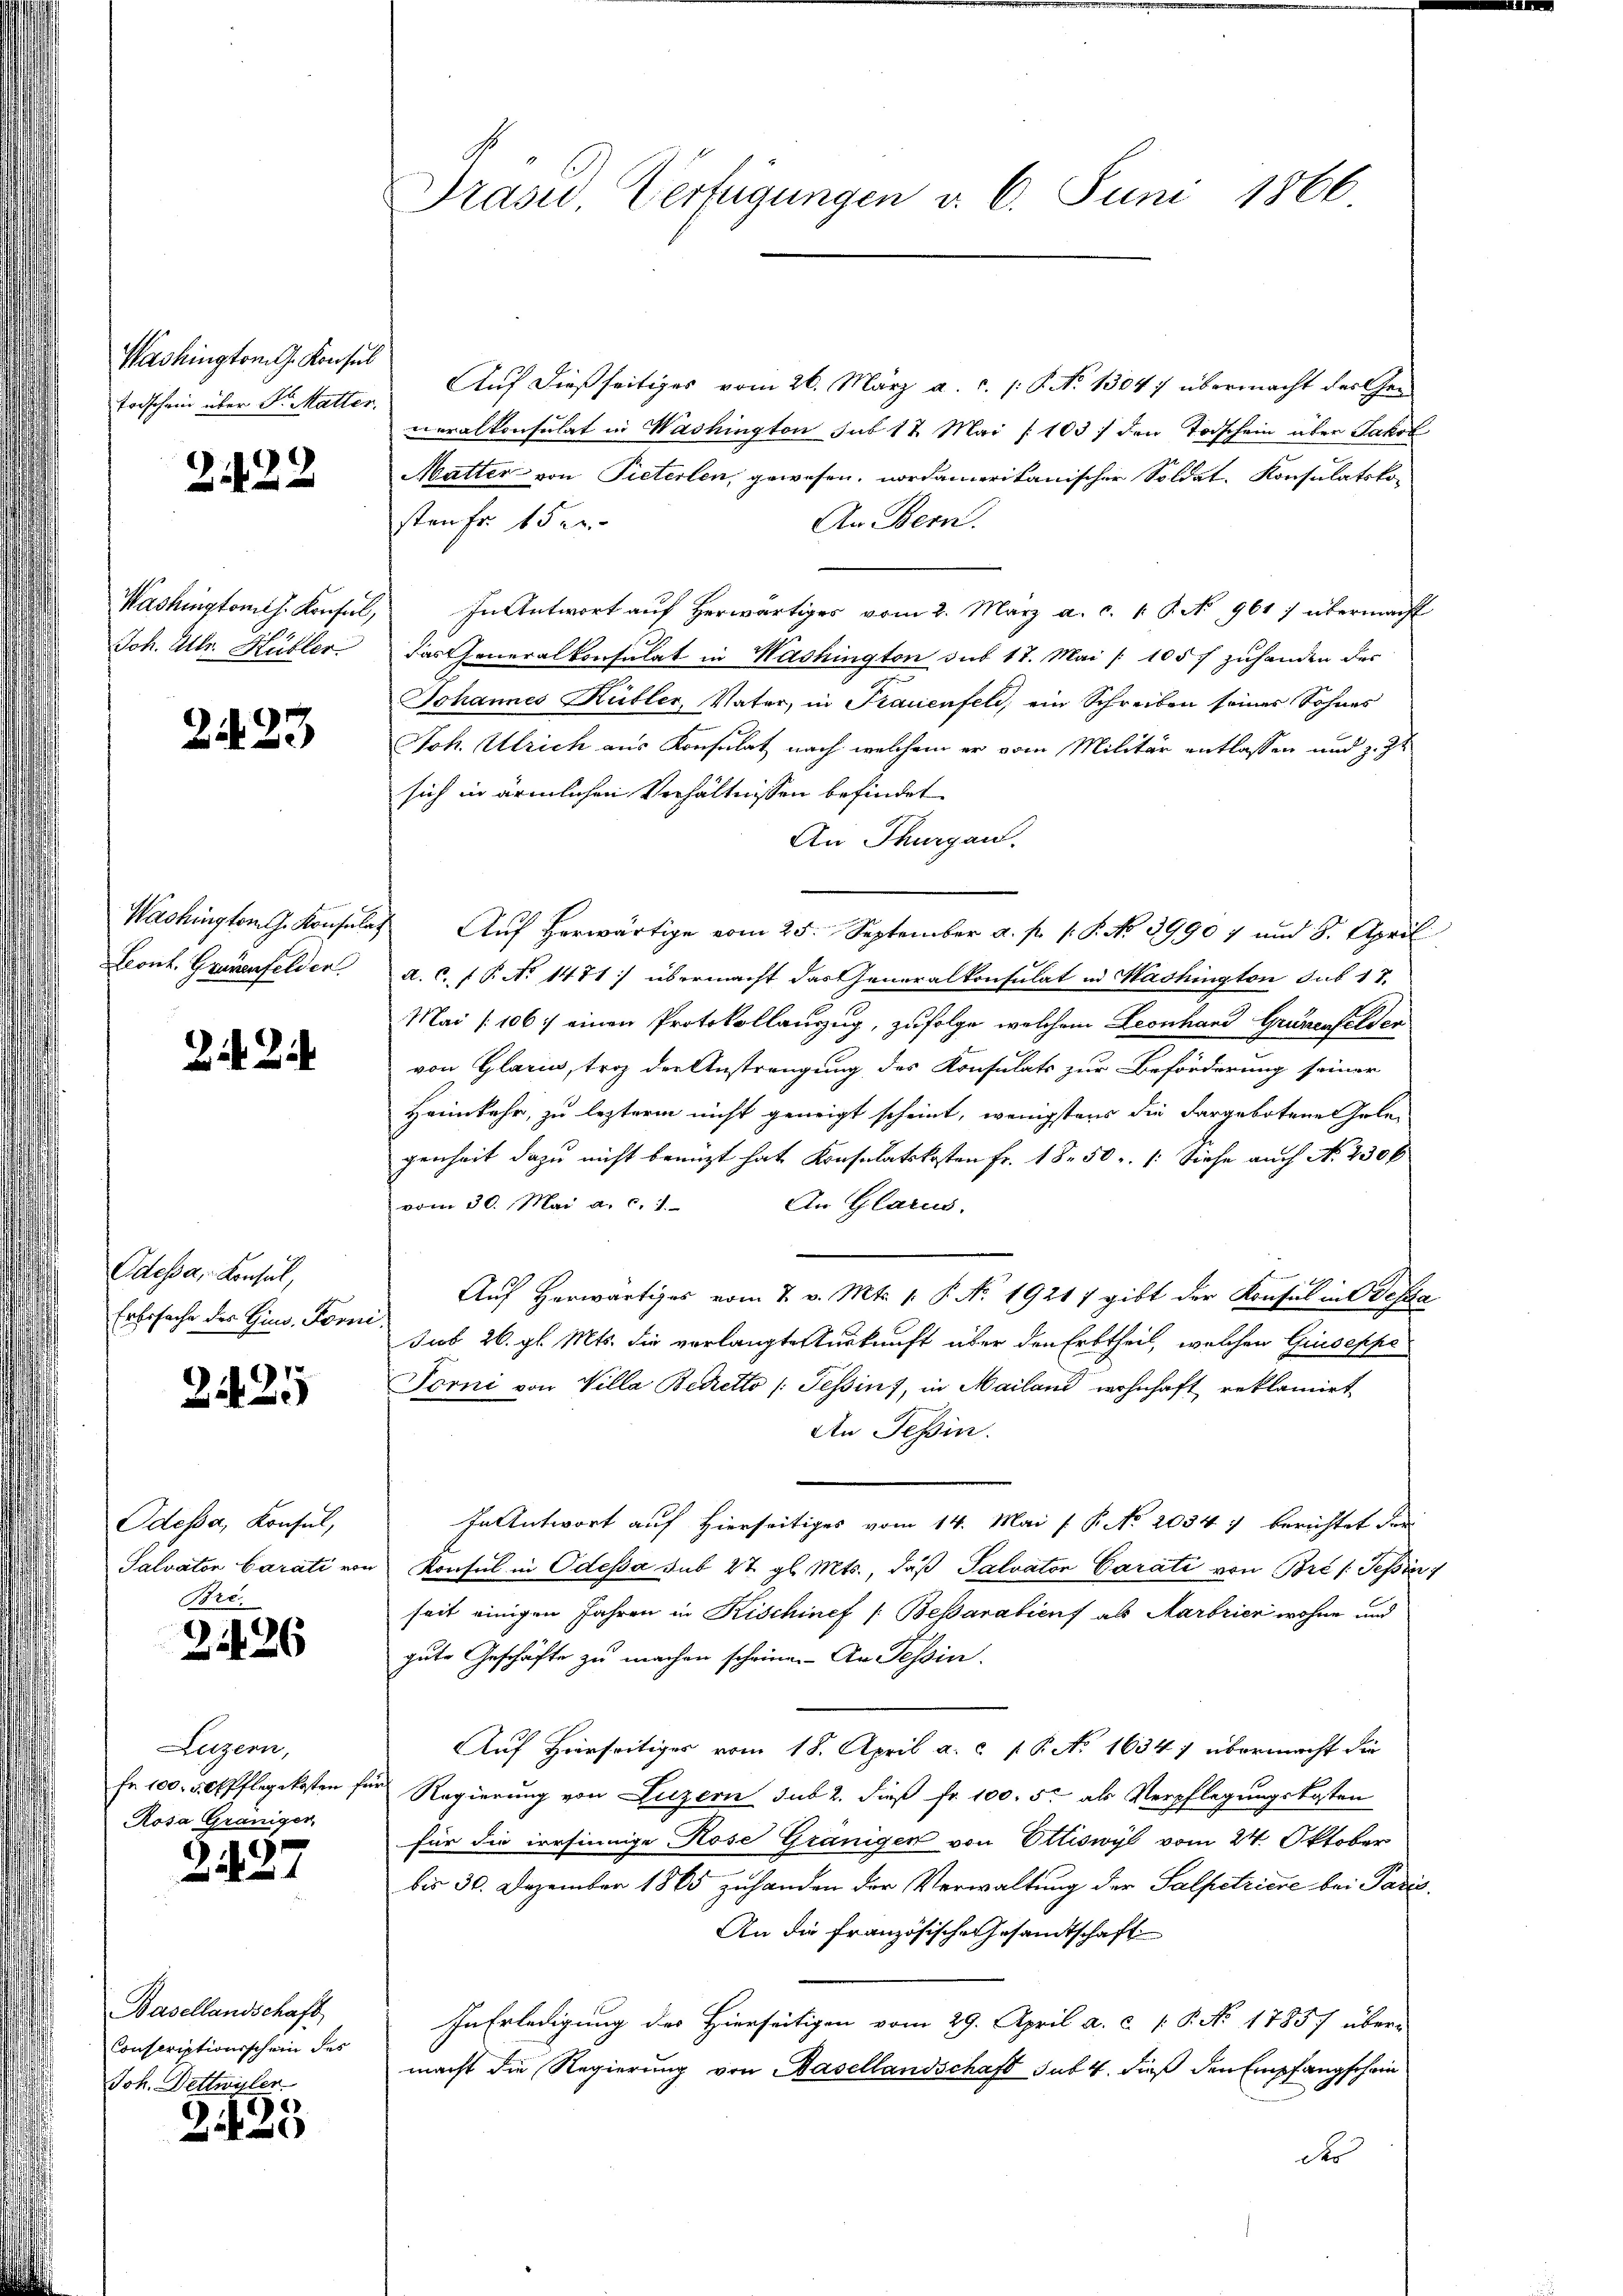
Washington G. Konsul
Todschein über Dr. Mutter.

222

Washingtomth. Konsul,
Joh. Mltr. Hüller.

2.423

Washington J. Konsula
Leont. Grauenfelder

2

Odessa, - Konsul,
Erbssache des Gins. Forne

2125

Odessa, Konsul,
Salvator Carati von
Bre.

21126

Luzern,
Fr. 100. 50 Pflegekosten f
Rosa Graniger,

2427

Basellandschaft
Conscriptionischein des
Joh. Dettwyler

2435

Präsid Verfügungen v. 6. Juni 1866

Auf dießseitiges vom 26. März a. c. /: P. No 13047 übermacht des Gemoralkonsulat in Washington sub 12 Mai (103) den Todschein über Jakob
Matter von Pieterlen, gewesen, nordamerikanischer Soldat, Konsulatsko-
stenfr. 15 e
An Bern.
In Antwort auf herwärtiges vom 2. März a. c. 1 S. N 961) übermacht
das Generalkonsulat in Washington dus 17. Mai 105 f zuhanden des
Johannes Kübler, Vater, in Frauenfeld, ein Schreiben seiner Sohnes
Joh. Ulrich aus Konsulat nach welchem er vom Militär entlassen und z. Zt
sich in ärmlichen Verhältnissen befindet
An Thurgau.
Aŭf herwärtige vom 25. September a. p. 1. P. No 39907 und 8. April
a. C. P. No 1471) übermacht das Generalkonsulat in Washington sub 17.
Mai /106) einen Protokollauszug, zufolge, welchem Leonhard Grünenfelder
von Glarus, troz der Anstrengung des Konsulats zur Beförderung seiner
Heimkehr, zu lezterm nicht geneigt scheint, wenigstens die dargebotene Gelegenheit dazu nicht benuzt hat Konsulatskosten Fr. 18. 50 r. /: Siehe auch No. 230 f
vom 30. Mai a. c. 1.
An Glarus.
Aŭf herwärtiges vom 7. v. Mts. 1. P. No. 19217 gibt der Konsul in Testa
sub 26. gl. Mts. die verlangte Auskunft über den Erbtheil, welchen Giuseppe
Torni von Villa Betretto (Tessint, in Mailand wohnhaft reklamirt
An Tessin.
In Antwort auf Hierseitiges vom 14. Mai / P. No 2034) berichtet der
Konsul in Odessa sub 27. gl. Mts., daß Salvator Carati von Bre / Teßin
seit einigen Jahren in Rischinef /: Besarabiens als Marbrier wohne und
gute Geschäfte zu machen scheine. An Tessin.
Auf Hierseitiges vom 18. April a. c. s. P. No 1634) übermacht die
Regierung von Luzern sub 2. dieß fr. 100. 50 als Verpflegungskosten
für die irrsinnige Rose Granigen von Ettiswyl vom 24. Oktober
bis 30. Dezember 1865 zuhanden der Verwaltung der Salpetriere bei Padis
An die französische Gesandtschaft
In Erledigung des Hierseitigen vom 29. April a. c. P. No 1785/ über-
macht die Regierung von Basellandschaft sub. 4. dieß den Empfangschein
des